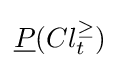
{\underline {P}}(Cl_{t}^{\geq })